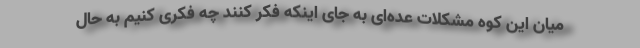
میان این کوه مشکلات عده‌ای به جای اینکه فکر کنند چه فکری کنیم به حال